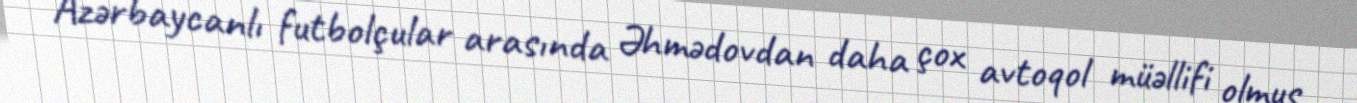
Azərbaycanlı futbolçular arasında Əhmədovdan daha çox avtoqol müəllifi olmuş